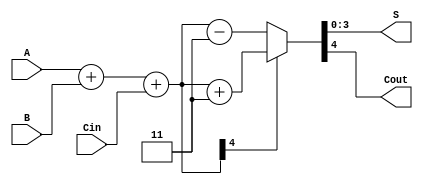
module Lab2_Excess_3_adder_behavior(S, Cout, A, B, Cin);
	output reg [3:0] S;
	output reg Cout;
	input  [3:0] A, B;
	input  Cin;
	reg [4:0] k;

	always @(*) begin
		k = A + B + Cin;
		if (k[4] == 0)
			k = k - 3;
		else
			k = k + 3;
		S = k[3:0];
		Cout = k[4];
	end
endmodule